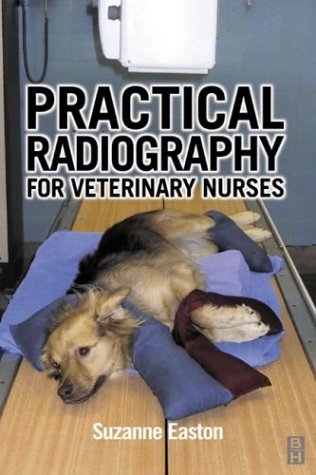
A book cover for Practical Radiography for Veterinary Nurses; Suzanne Easton MSc  BSc; Medical Books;